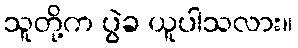
သူတို့က ပွဲခ ယူပါသလား။